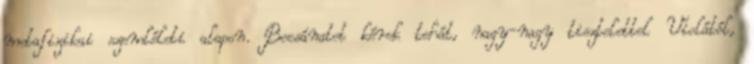
metafizikai szemléleti alapon. Bocsánatot kérek tehát, nagy-nagy tisztelettel Violától,